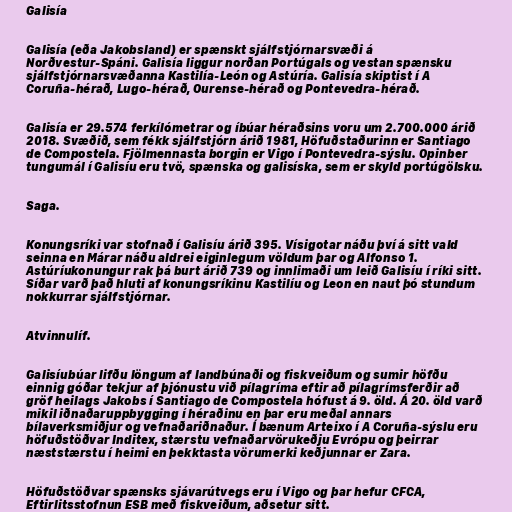
Galisía

Galisía (eða Jakobsland) er spænskt sjálfstjórnarsvæði á
Norðvestur-Spáni. Galisía liggur norðan Portúgals og vestan spænsku
sjálfstjórnarsvæðanna Kastilía-León og Astúría. Galisía skiptist í A
Coruña-hérað, Lugo-hérað, Ourense-hérað og Pontevedra-hérað.

Galisía er 29.574 ferkílómetrar og íbúar héraðsins voru um 2.700.000 árið
2018. Svæðið, sem fékk sjálfstjórn árið 1981, Höfuðstaðurinn er Santiago
de Compostela. Fjölmennasta borgin er Vigo í Pontevedra-sýslu. Opinber
tungumál í Galisíu eru tvö, spænska og galisíska, sem er skyld portúgölsku.

Saga.

Konungsríki var stofnað í Galisíu árið 395. Vísigotar náðu því á sitt vald
seinna en Márar náðu aldrei eiginlegum völdum þar og Alfonso 1.
Astúríukonungur rak þá burt árið 739 og innlimaði um leið Galisíu í ríki sitt.
Síðar varð það hluti af konungsríkinu Kastilíu og Leon en naut þó stundum
nokkurrar sjálfstjórnar.

Atvinnulíf.

Galisíubúar lifðu löngum af landbúnaði og fiskveiðum og sumir höfðu
einnig góðar tekjur af þjónustu við pílagríma eftir að pílagrímsferðir að
gröf heilags Jakobs í Santiago de Compostela hófust á 9. öld. Á 20. öld varð
mikil iðnaðaruppbygging í héraðinu en þar eru meðal annars
bílaverksmiðjur og vefnaðariðnaður. Í bænum Arteixo í A Coruña-sýslu eru
höfuðstöðvar Inditex, stærstu vefnaðarvörukeðju Evrópu og þeirrar
næststærstu í heimi en þekktasta vörumerki keðjunnar er Zara.

Höfuðstöðvar spænsks sjávarútvegs eru í Vigo og þar hefur CFCA,
Eftirlitsstofnun ESB með fiskveiðum, aðsetur sitt.